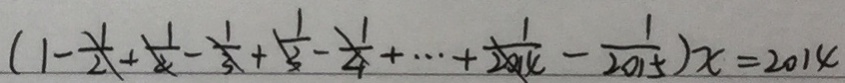
( 1 - \frac { 1 } { 2 } + \frac { 1 } { 2 } - \frac { 1 } { 3 } + \frac { 1 } { 3 } - \frac { 1 } { 4 } + \cdots + \frac { 1 } { 2 0 1 4 } - \frac { 1 } { 2 0 1 5 } ) x = 2 0 1 4